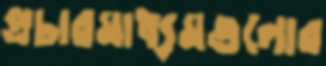
প্রচারমাধ্যমগুলোর